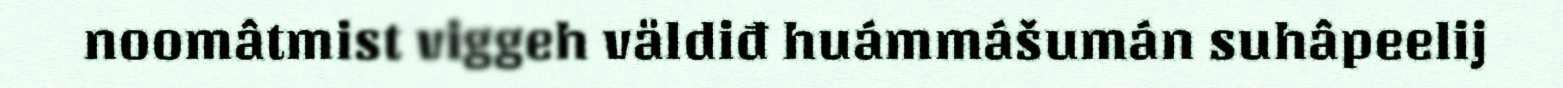
noomâtmist viggeh väldiđ huámmášumán suhâpeelij